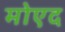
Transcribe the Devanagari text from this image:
मोएद